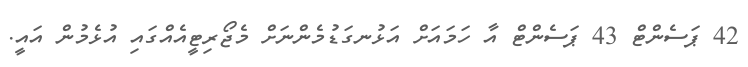
42 ޕަސެންޓް 43 ޕަސެންޓް އާ ހަމައަށް އަޅުނގަޑުމެންނަށް މެޖޯރިޓީއެއްގައި އުޅެމުން އައީ.